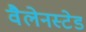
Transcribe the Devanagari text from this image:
वैलेनस्टेड